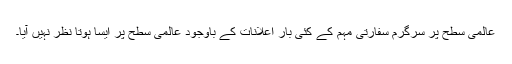
عالمی سطح پر سرگرم سفارتی مہم کے کئی بار اعلانات کے باوجود عالمی سطح پر ایسا ہوتا نظر نہیں آیا۔